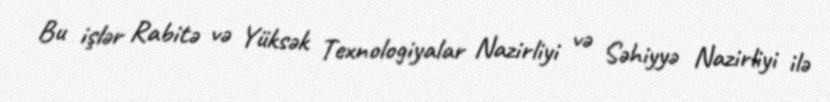
Bu işlər Rabitə və Yüksək Texnologiyalar Nazirliyi və Səhiyyə Nazirliyi ilə